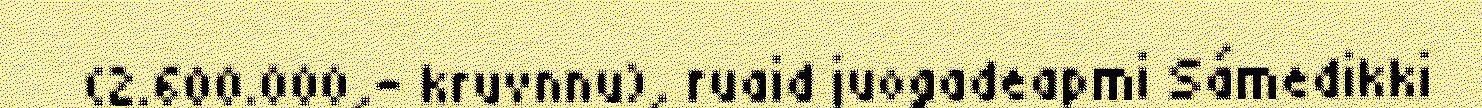
(2.600.000,- kruvnnu), ruaid juogadeapmi Sámedikki